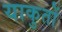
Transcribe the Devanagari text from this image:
याकुतों